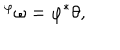
{ } ^ { \varphi } \omega = \varphi ^ { * } \theta ,